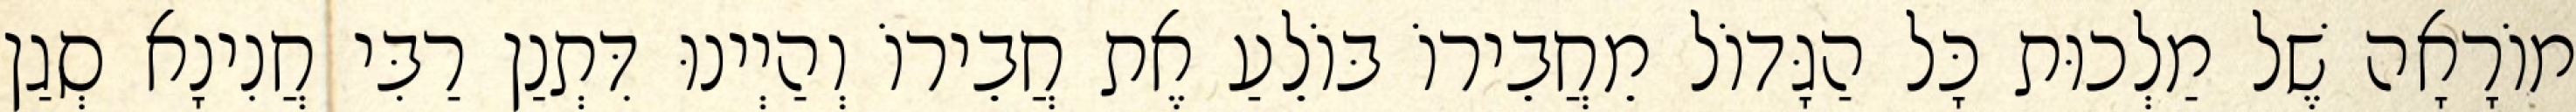
מוֹרָאָה שֶׁל מַלְכוּת כָּל הַגָּדוֹל מֵחֲבֵירוֹ בּוֹלֵעַ אֶת חֲבֵירוֹ וְהַיְינוּ דִּתְנַן רַבִּי חֲנִינָא סְגַן